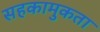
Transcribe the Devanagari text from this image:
सहकामुकता